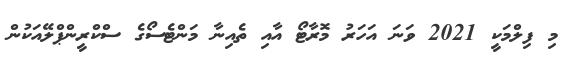
މި ފިލްމަކީ 2021 ވަނަ އަހަރު މޮރާޓޯ އާއި ތެއިނާ މަންޓެސޯގެ ސްކްރީންޕްލޭއަކުން